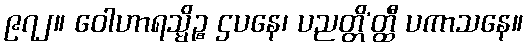
၉၇၂။ ဝေါဟာရသ္မိဉ္စ ဌပနေ၊ ပညတ္တိ’တ္ထီ ပကာသနေ။